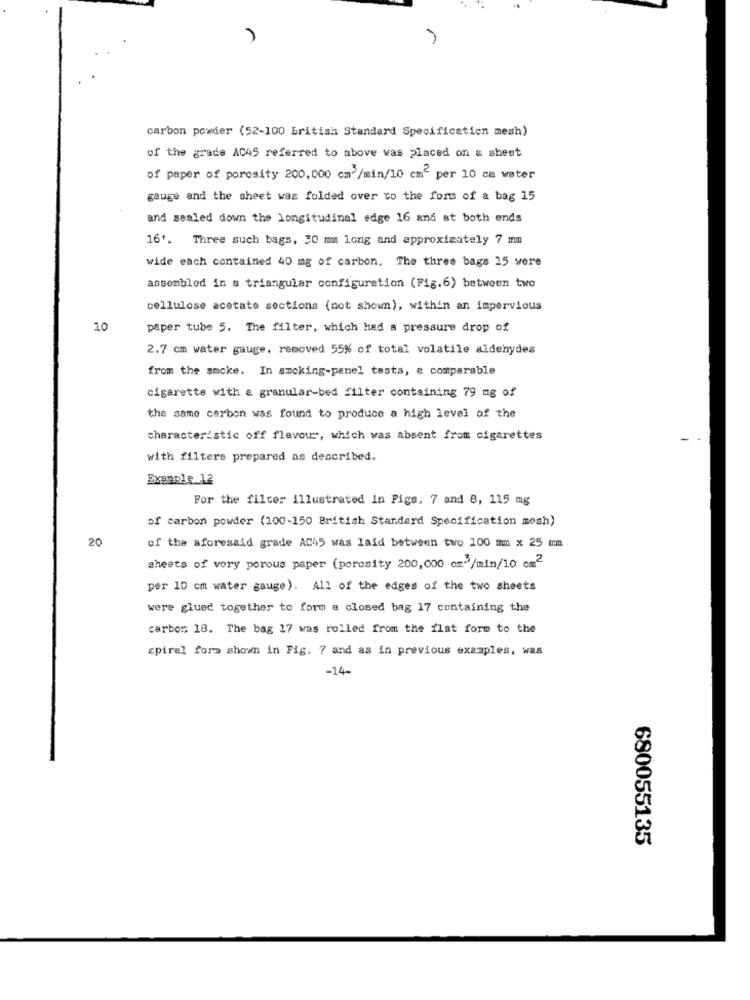
carbon powder (52-100 british Standard Specification mesh)
of the grade AC45 referred to above was placed on & sheet
of paper of porosity 200,000 cm /min/10 cm- per 10 cm water
gauge and the sheet was folded over to the form of a bag 15
and sealed down the longitudinal edge 16 and at both ends
16'. Three such bags, 30 mm long and approximately 7 mm
wide each contained 40 mg of carbon. The three bags 15 were
assembled in a triangular configuration (Fig.6) between two
cellulose acetate sections (not shown), within an impervious
10
paper tube 5. The filter, which had a pressure drop of
2.7 cm water gauge, removed 55% of total volatile aldehydes
from the sacke. In smoking-panel tests, e comparable
cigarette with & granular-bed filter containing 79 mg of
the same carbon was found to produce a high level of the
characteristic off flavour, which was absent from cigarettes
with filters prepared as described.
Example.12
For the filter illustrated In Figs. 7 and 8, 115 mg
of carbon powder (100-150 British Standard Specification mosh)
20
of the aforesaid grade AC45 was laid between two 100 mm x 25 mm
sheets of very porous paper (porosity 200,000 cm3/min/10 cm2
per 10 cm water gauge). All of the edges of the two sheets
were glued together to form a closed bag 17 containing the
carbor 18. The bag 17 was rolled from the flat form to the
spiral form shown in Fig. 7 and as in previous examples, was
-14-
680055135